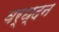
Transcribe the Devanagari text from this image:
वर्ध्दन